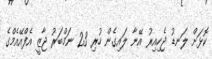
ކޮޅަށް ލަނޑު ޖެހިއިރު އޭނާ ލައިގެން ހުރި 23 ނަމްބަރު ޖާޒީ އެފްއޭއެމްގެ